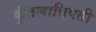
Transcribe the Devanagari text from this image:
कुंतलाधिपती